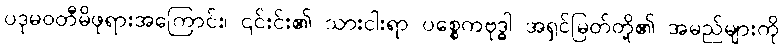
ပဒုမဝတီမိဖုရားအကြောင်း၊ ၎င်းင်း၏ သားငါးရာ ပစ္စေကဗုဒ္ဓါ အရှင်မြတ်တို့၏ အမည်များကို